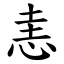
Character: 恚